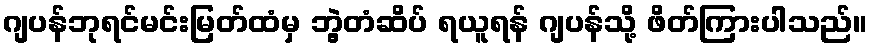
ဂျပန်ဘုရင်မင်းမြတ်ထံမှ ဘွဲ့တံဆိပ် ရယူရန် ဂျပန်သို့ ဖိတ်ကြားပါသည်။